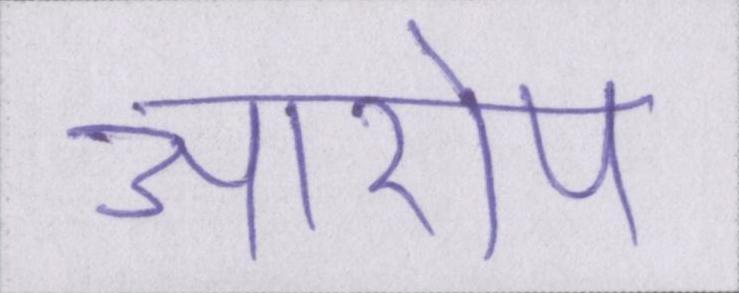
आरोप